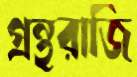
গ্রন্থরাজি